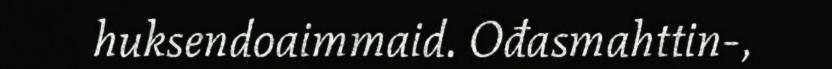
huksendoaimmaid. Ođasmahttin-,